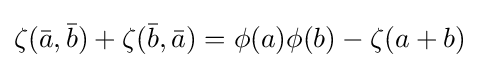
\zeta ({\bar {a}},{\bar {b}})+\zeta ({\bar {b}},{\bar {a}})=\phi (a)\phi (b)-\zeta (a+b)